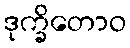
ဒုက္ခိတောဝ